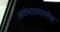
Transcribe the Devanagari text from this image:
आरंभाप्रमाणेच